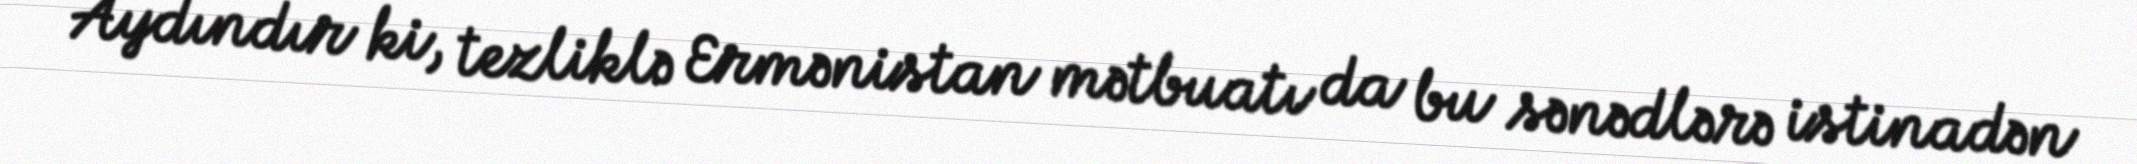
Aydındır ki, tezliklə Ermənistan mətbuatı da bu sənədlərə istinadən